Civil Veterinary Department. Madras. Admin. report 1910-25 - 1910-1925
Year: 1910
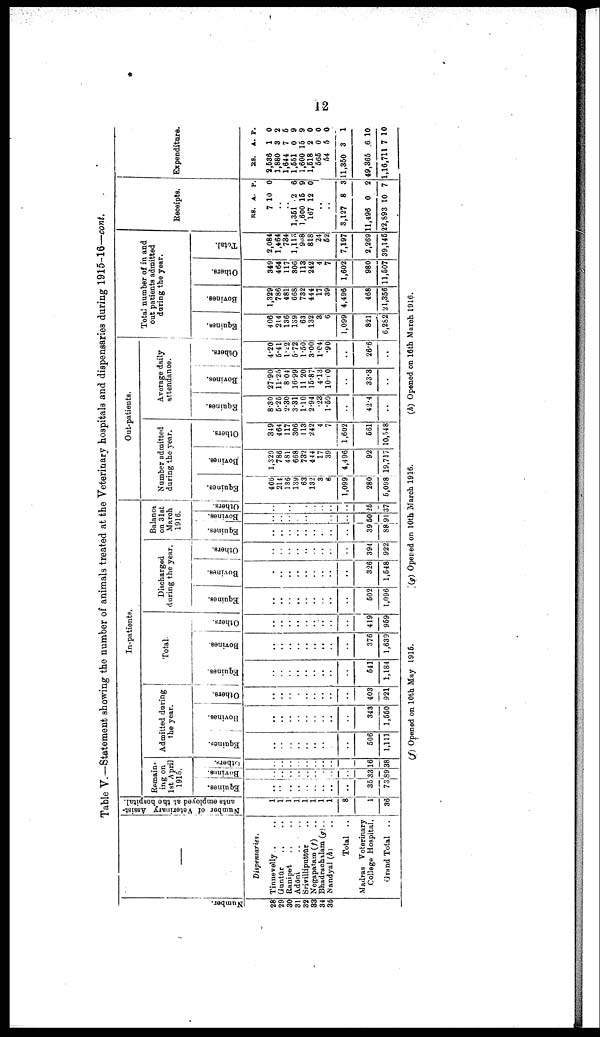
12
Table V.—Statement showing the number of animals treated at the Veterinary hospitals and dispensaries during 1915-16—cont.
Numbe r
.
28
29
30
31
32
33
34
36
–––
Dispensaries.
Tinnevelly.. ..
Guntūr .. ..
Ranipet .. ..
Adōni .. ..
Srivilliputtūr ..
Negapatam (f) ..
Bhadrachalam (g) ..
Nandyal (h) ..
Total ..
Madras Veterinary
College Hospital.
Grand Total ..
Number of Veterinary Assist
ants employed at the hospital.
1
1
1
1
1
1
1
1
8
1
36
In-patients.
Remain
ing on
1st April
1915.
Equines.
..
..
..
..
..
..
..
..
..
35
73
Bovines.
..
....
..
..
..
..
..
..
..
33
89
Others.
..
..
..
..
..
..
..
..
16
38
Admitted during
the year.
Equines.
..
..
..
..
..
..
..
..
506
1,111
Bovines.
..
..
..
..
..
..
..
..
..
343
1,550
Others.
..
..
..
..
..
..
..
..
..
403
921
Total
Equines.
..
..
..
..
..
..
..
..
..
541
1,184
Bovines.
..
..
..
..
..
..
..
..
..
376
1,639
Others.
..
..
..
..
..
..
..
..
..
419
959
Discharged
during the year.
Equines.
..
..
..
..
..
..
..
..
..
502
1,096
Bovines.
.
..
..
..
..
..
..
..
..
326
1,548
Others.
..
..
..
..
..
..
..
..
..
394
922
Balance
on 31st
March
1916.
Equines.
..
..
..
..
..
..
..
..
..
39
88
Bovines.
..
..
..
..
..
..
..
..
50
91
Others.
..
..
..
..
..
..
..
..
..
25
37
Out-patients.
Number admitted
during the year.
Equines.
406
214
136
139
63
132
3
6
1,099
280
5,098
Bovines.
1,329
786
481
668
732
444
17
39
4,496
92
19,717
Others.
349
464
117
306
113
242
4
7
1,602
561
10,548
Average daily
attendance.
Equines.
8.30
5.25
2.30
3.31
1.10
2.94
.23
1.50
..
42.4
..
Bovines.
27.90
11.25
8.04
16.99
11.20
15.87
4.13
10.10
..
33.3
..
Others.
4.20
5.41
1.22
5.72
1.50
3.00
1.04
.90
..
26.6
..
Total number of in and
out patients admitted
during the year.
Equines.
406
214
136
139
63
132
3
6
1,099
821
6,282
Bovines.
1,329
786
481
668
732
444
17
39
4,496
468
21,356
Others.
349
464
117
306
113
242
4
7
1,602
980
11,507
Total.
2,084
1,464
734
1,113
908
818
24
52
7,197
2,269
39,145
Receipts.
RS.
7
A.
10
P.
0
..
..
1,351
1,600
167
2
15
12
6
9
0
..
..
3,127
11,496
22,893
8
0
10
3
2
7
Expenditure.
RS.
2,536
1,880
1,644
1,551
1,600
1,518
565
54
11,350
49,365
1,16,711
A.
1
3
7
0
15
2
0
5
3
6
7
P.
0
2
5
9
9
0
0
0
1
10
10
(f) Opened on 10th May 1915.
(g) Opened on 10th March 1916.
(h) Opened on 16th March 1916.